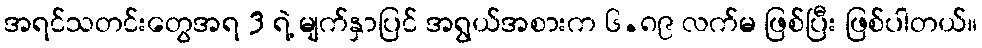
အရင်သတင်းတွေအရ 3 ရဲ့ မျက်နှာပြင် အရွယ်အစားက ၆.၈၉ လက်မ ဖြစ်ပြီး ဖြစ်ပါတယ်။